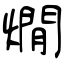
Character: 燗